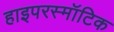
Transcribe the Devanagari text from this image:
हाइपरस्मॉटिक